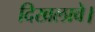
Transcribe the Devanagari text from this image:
दिखलावे।